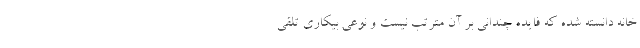
خانه دانسته شده که فایده چندانی بر آن مترتب نیست و نوعی بیکاری تلقی